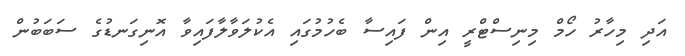
އަދި މިހާރު ހޯމް މިނިސްޓްރީ އިން ފައިސާ ބެހުމުގައި އެކުލަވާލާފައިވާ އޮނިގަނޑުގެ ސަބަބުން